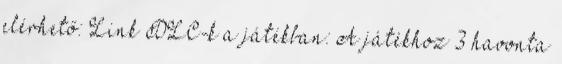
elérhető: Link DLC-k a játékban: A játékhoz 3 havonta